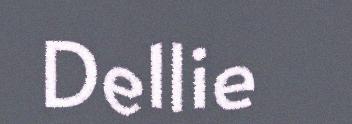
Dellie